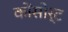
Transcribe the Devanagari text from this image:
कोंसोर्ट